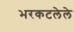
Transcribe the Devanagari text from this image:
भरकटलेले